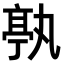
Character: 𠅶